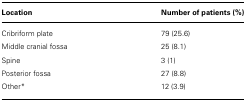
<table><thead><tr><td><b>Location</b></td><td><b>Number of patients (%)</b></td></tr></thead><tbody><tr><td>Cribriform plate</td><td>79 (25.6)</td></tr><tr><td>Middle cranial fossa</td><td>25 (8.1)</td></tr><tr><td>Spine</td><td>3 (1)</td></tr><tr><td>Posterior fossa</td><td>27 (8.8)</td></tr><tr><td>Other*</td><td>12 (3.9)</td></tr></tbody></table>